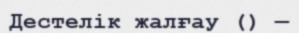
Дестелік жалғау () —